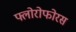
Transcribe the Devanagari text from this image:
फ्लोरोफोरस